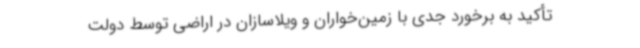
تأکید به برخورد جدی با زمین‌خواران و ویلاسازان در اراضی توسط دولت